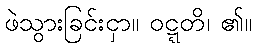
ဖဲသွားခြင်းငှာ။ ဝဋ္ဋတိ၊ ၏။